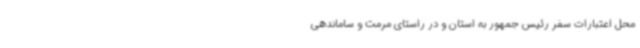
محل اعتبارات سفر رئیس جمهور به استان و در راستای مرمت و ساماندهی